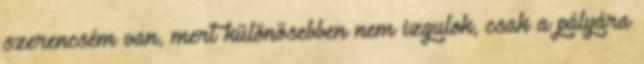
szerencsém van, mert különösebben nem izgulok, csak a pályára